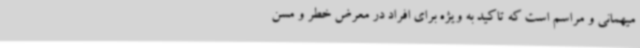
میهمانی و مراسم است که تاکید به ویژه برای افراد در معرض خطر و مسن